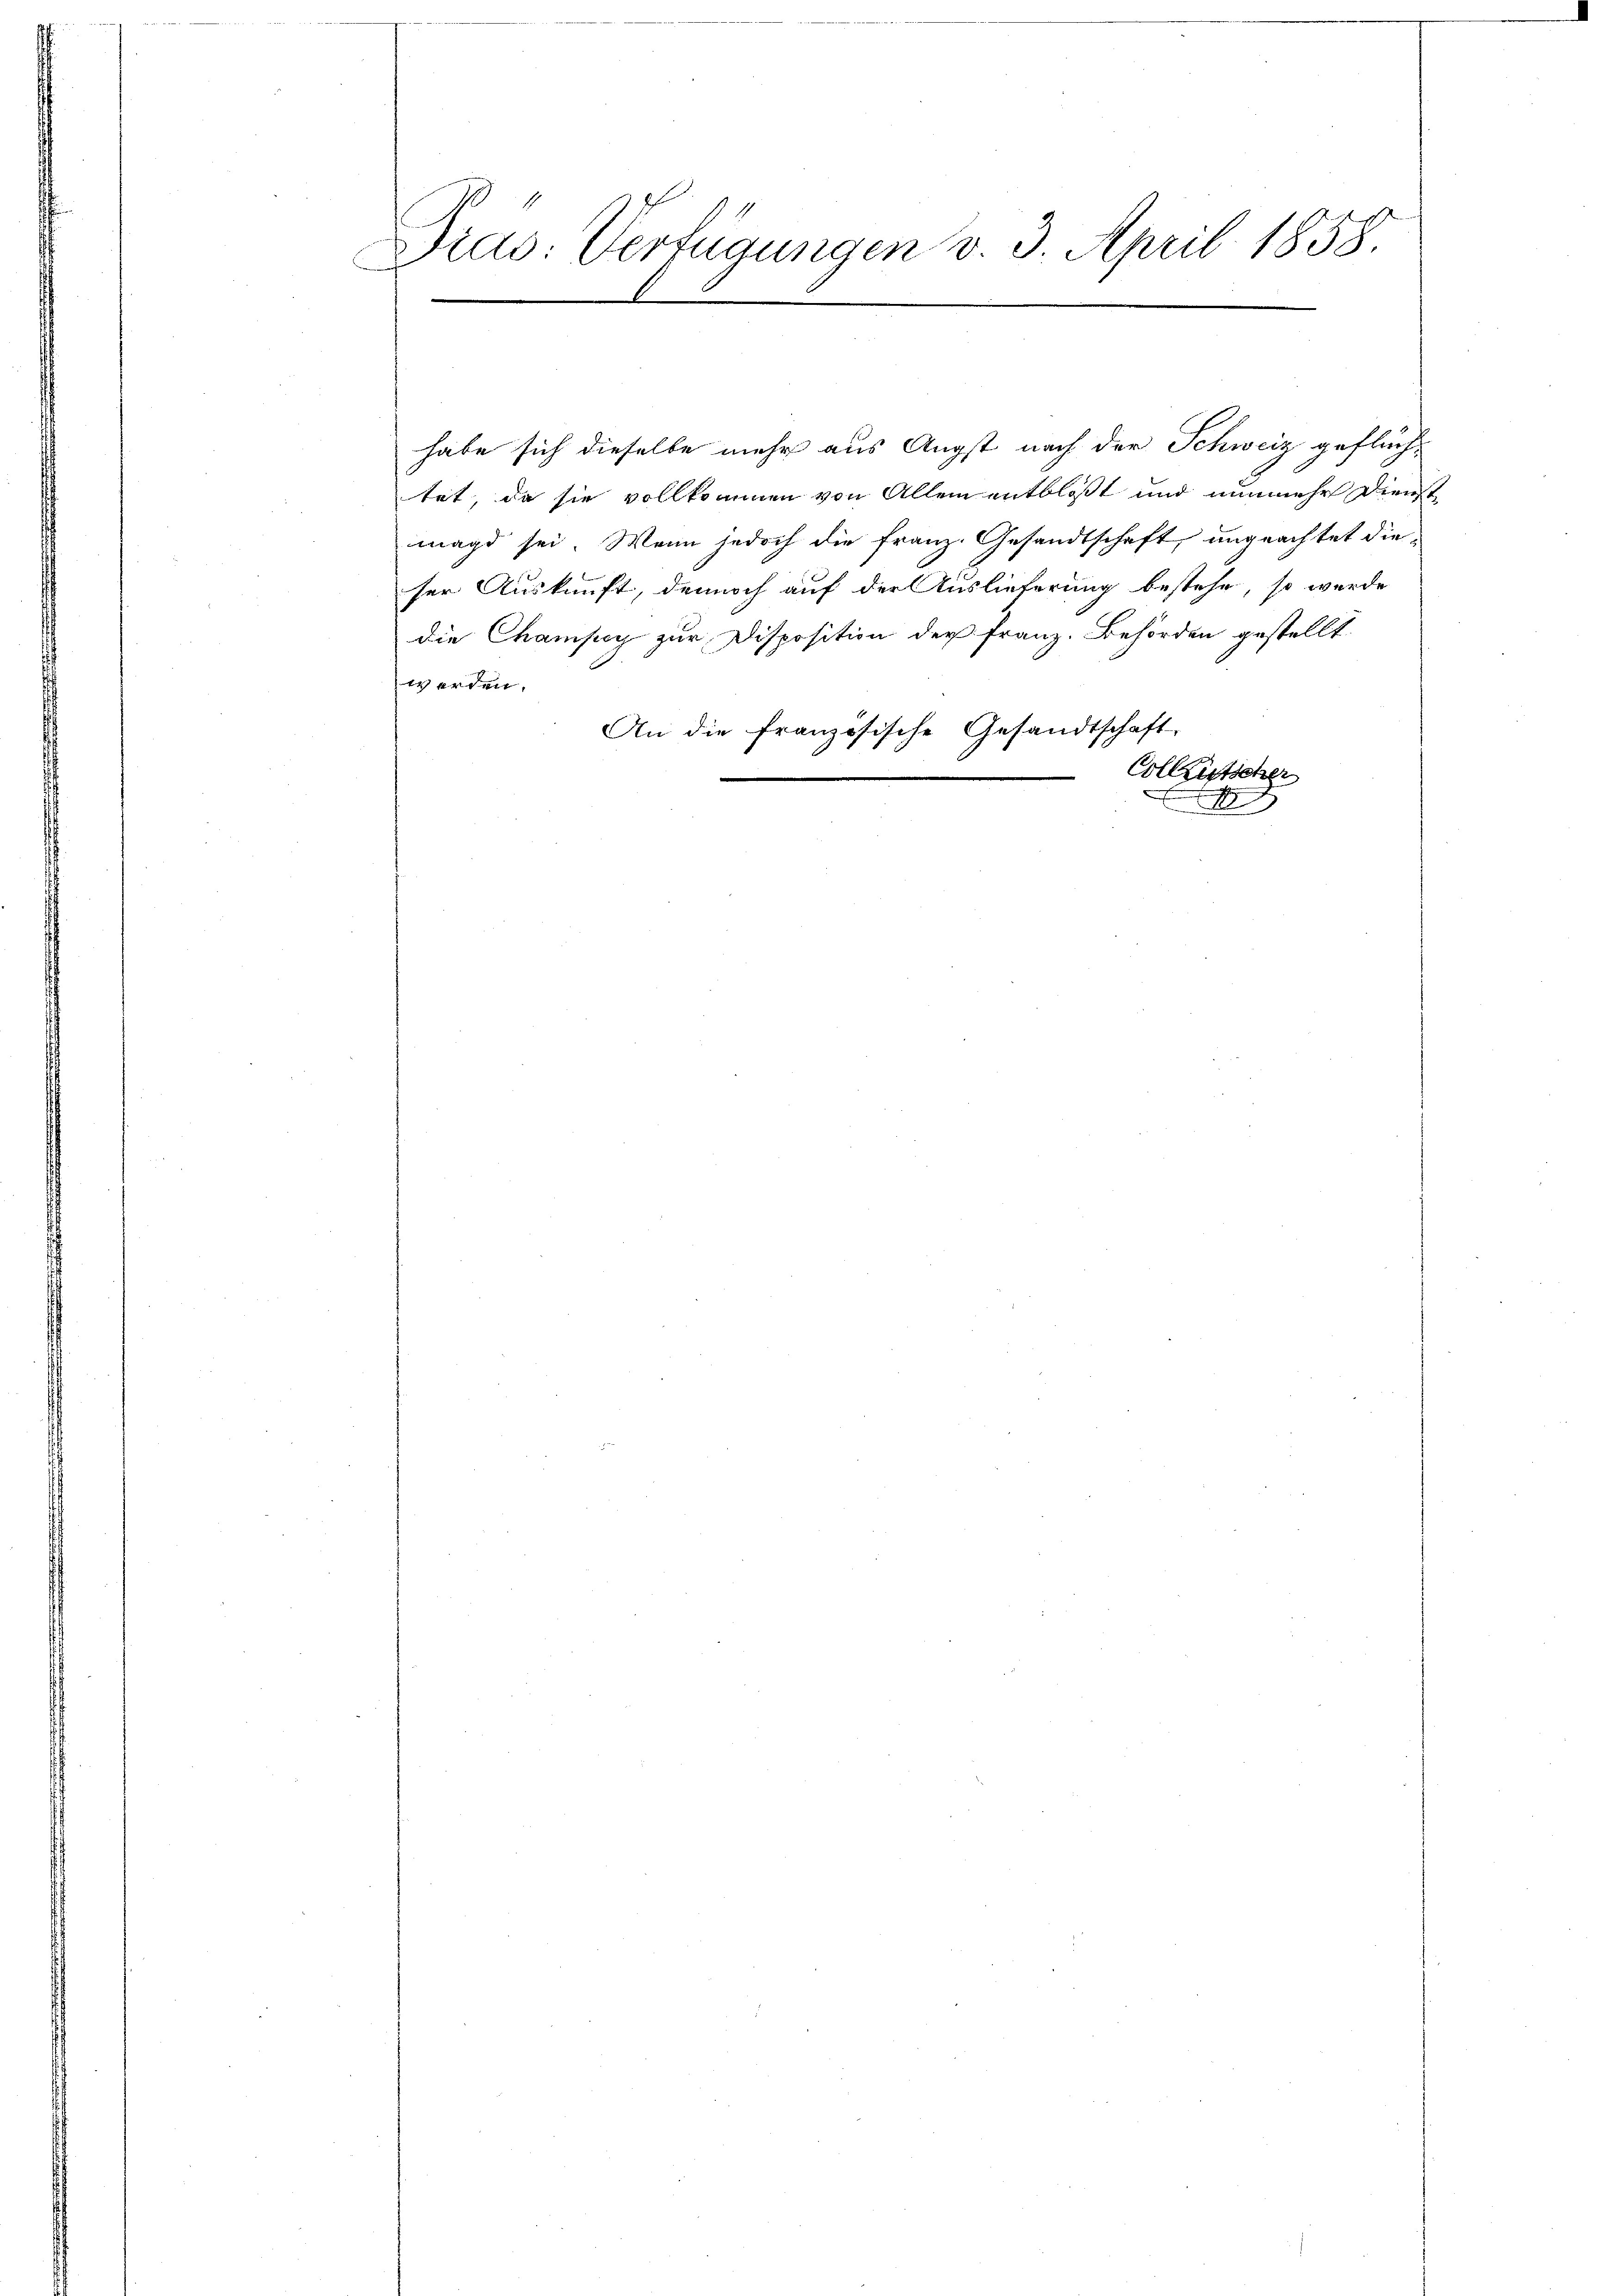
Pras: Verfügungen v. 3. April 1858.

habe sich dieselbe mehr aus Angst nach der Schweiz geflüchtet, da sie vollkommen von Allem entblosst und nunmehr Dienst
magd sei. Wenn jedoch die Franz. Gesandtschaft, ungeachtet dieser Auskunft, dennoch auf der Auslieferung bestehe, so werde
die Champy zur Disposition der Franz. Behörden gestellt
werden.
An die französische Gesandtschaft
co entgege